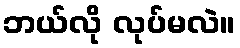
ဘယ်လို လုပ်မလဲ။